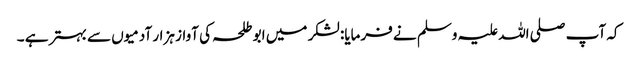
کہ آپ صلی اللہ علیہ وسلم نے فرمایا: لشکر میں ابو طلحہ کی آواز ہزار آدمیوں سے بہتر ہے ۔